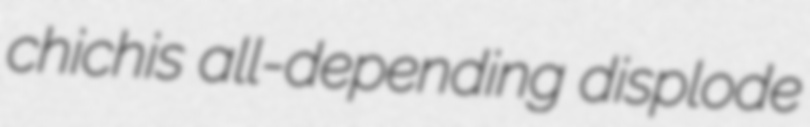
chichis all-depending displode